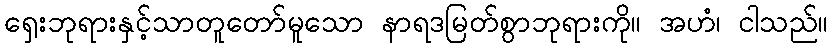
ရှေးဘုရားနှင့်သာတူတော်မူသော နာရဒမြတ်စွာဘုရားကို။ အဟံ၊ ငါသည်။